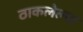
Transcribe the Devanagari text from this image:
ठाकलेल्या